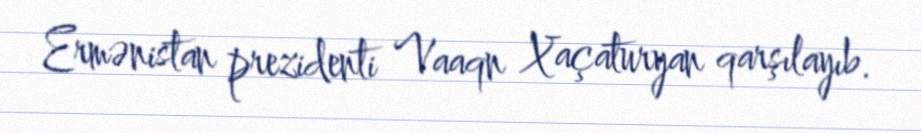
Ermənistan prezidenti Vaaqn Xaçaturyan qarşılayıb.